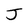
Character: J